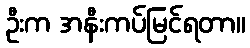
ဦးက အနီးကပ်မြင်ရတာ။